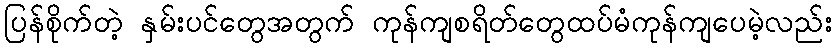
ပြန်စိုက်တဲ့ နှမ်းပင်တွေအတွက် ကုန်ကျစရိတ်တွေထပ်မံကုန်ကျပေမဲ့လည်း